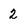
Character: 2